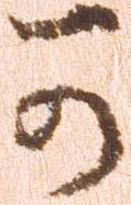
可